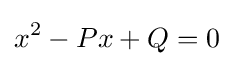
x^{2}-Px+Q=0